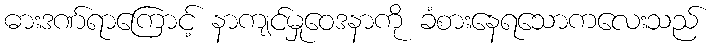
ဓားဒဏ်ရာကြောင့် နာကျင်မှုဝေဒနာကို ခံစားနေရသောကလေးသည်